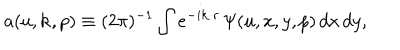
LaTeX: a ( u , { \bf k } , p ) \equiv ( 2 \pi ) ^ { - 1 } \int e ^ { - i { \bf k \cdot r } } \, { \mit \Psi } ( u , x , y , p ) \, d x \, d y ,